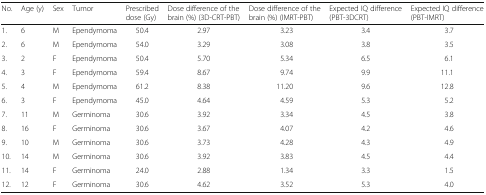
<table><thead><tr><td><b>No.</b></td><td><b>Age (y)</b></td><td><b>Sex</b></td><td><b>Tumor</b></td><td><b>Prescribed dose (Gy)</b></td><td><b>Dose difference of the brain (%) (3D-CRT-PBT)</b></td><td><b>Dose difference of the brain (%) (IMRT-PBT)</b></td><td><b>Expected IQ difference (PBT-3DCRT)</b></td><td><b>Expected IQ difference (PBT-IMRT)</b></td></tr></thead><tbody><tr><td>1.</td><td>6</td><td>M</td><td>Ependymoma</td><td>50.4</td><td>2.97</td><td>3.23</td><td>3.4</td><td>3.7</td></tr><tr><td>2.</td><td>6</td><td>M</td><td>Ependymoma</td><td>54.0</td><td>3.29</td><td>3.08</td><td>3.8</td><td>3.5</td></tr><tr><td>3.</td><td>2</td><td>F</td><td>Ependymoma</td><td>50.4</td><td>5.70</td><td>5.34</td><td>6.5</td><td>6.1</td></tr><tr><td>4.</td><td>3</td><td>F</td><td>Ependymoma</td><td>59.4</td><td>8.67</td><td>9.74</td><td>9.9</td><td>11.1</td></tr><tr><td>5.</td><td>4</td><td>M</td><td>Ependymoma</td><td>61.2</td><td>8.38</td><td>11.20</td><td>9.6</td><td>12.8</td></tr><tr><td>6.</td><td>3</td><td>F</td><td>Ependymoma</td><td>45.0</td><td>4.64</td><td>4.59</td><td>5.3</td><td>5.2</td></tr><tr><td>7.</td><td>11</td><td>M</td><td>Germinoma</td><td>30.6</td><td>3.92</td><td>3.34</td><td>4.5</td><td>3.8</td></tr><tr><td>8.</td><td>16</td><td>F</td><td>Germinoma</td><td>30.6</td><td>3.67</td><td>4.07</td><td>4.2</td><td>4.6</td></tr><tr><td>9.</td><td>10</td><td>M</td><td>Germinoma</td><td>30.6</td><td>3.73</td><td>4.28</td><td>4.3</td><td>4.9</td></tr><tr><td>10.</td><td>14</td><td>M</td><td>Germinoma</td><td>30.6</td><td>3.92</td><td>3.83</td><td>4.5</td><td>4.4</td></tr><tr><td>11.</td><td>14</td><td>F</td><td>Germinoma</td><td>24.0</td><td>2.88</td><td>1.34</td><td>3.3</td><td>1.5</td></tr><tr><td>12.</td><td>12</td><td>F</td><td>Germinoma</td><td>30.6</td><td>4.62</td><td>3.52</td><td>5.3</td><td>4.0</td></tr></tbody></table>